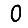
Digit: 0